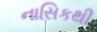
નાસિકથી